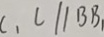
C _ { 1 } C / / B B _ { 1 }